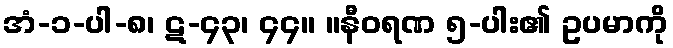
အံ-၁-ပါ-၈၊ ဋ-၄၃၊ ၄၄။ ။နီဝရဏ ၅-ပါး၏ ဥပမာကို